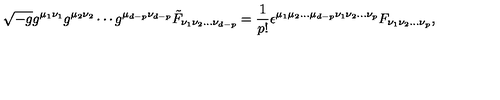
\sqrt { - g } g ^ { \mu _ { 1 } \nu _ { 1 } } g ^ { \mu _ { 2 } \nu _ { 2 } } \cdots g ^ { \mu _ { d - p } \nu _ { d - p } } { \tilde { F } } _ { \nu _ { 1 } \nu _ { 2 } \ldots \nu _ { d - p } } = \frac { 1 } { p ! } \epsilon ^ { \mu _ { 1 } \mu _ { 2 } \ldots \mu _ { d - p } \nu _ { 1 } \nu _ { 2 } \ldots \nu _ { p } } F _ { \nu _ { 1 } \nu _ { 2 } \ldots \nu _ { p } } ,